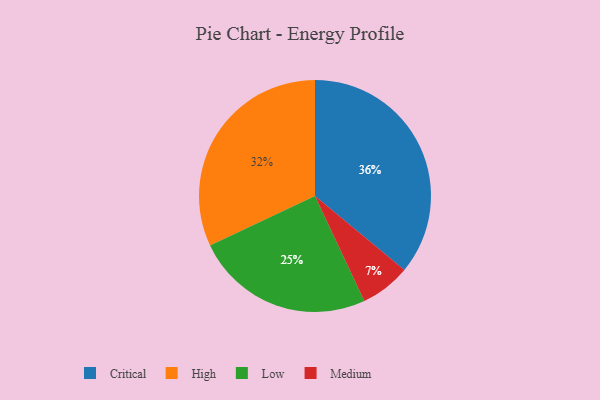
{"axis": {"x": "Category", "y": "Percentage"}, "legend": ["Critical", "High", "Low", "Medium"], "data": [{"x": "Critical", "y": 36, "type": "Critical"}, {"x": "Low", "y": 25, "type": "Low"}, {"x": "Medium", "y": 7, "type": "Medium"}, {"x": "High", "y": 32, "type": "High"}]}